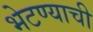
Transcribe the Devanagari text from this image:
भेटण्याची